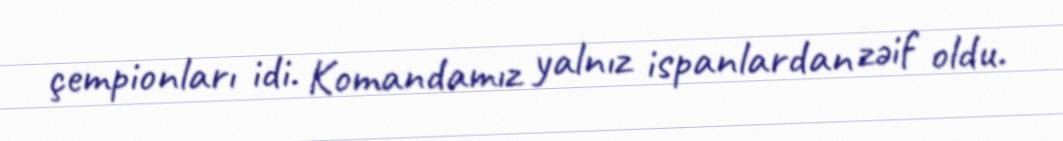
çempionları idi. Komandamız yalnız ispanlardan zəif oldu.